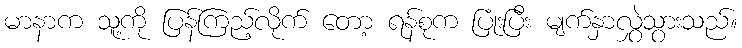
မာနာက သူ့ကို ပြန်ကြည့်လိုက် တော့ ရန်စုက ပြုံးပြီး မျက်နှာလွှဲသွားသည်။